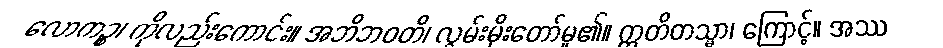
လောကဉ္စ၊ ကိုလည်းကောင်း။ အဘိဘဝတိ၊ လွှမ်းမိုးတော်မူ၏။ ဣတိတသ္မာ၊ ကြောင့်။ အဿ